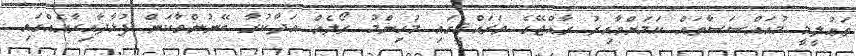
ތަޢުލީމީ މުއައްސަސާތައް ކަމަށްވާއިރު ރާއްޖޭގެ ތަރައްޤީގައި މުހިންމު ރޯލެއް އަދާކުރާ ބޭނުންވާކަން ފުޅާދާއިރާއެއްގައި